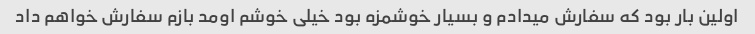
اولین بار بود که سفارش میدادم و بسیار خوشمزه بود خیلی خوشم اومد بازم سفارش خواهم داد